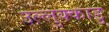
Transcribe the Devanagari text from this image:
उल्लुक्काडु